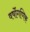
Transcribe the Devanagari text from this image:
वर्षोगणिक